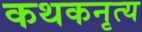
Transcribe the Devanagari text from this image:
कथकनृत्य